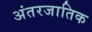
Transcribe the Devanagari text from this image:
अंतरजातिक